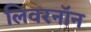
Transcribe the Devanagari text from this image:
लिवरनॉन